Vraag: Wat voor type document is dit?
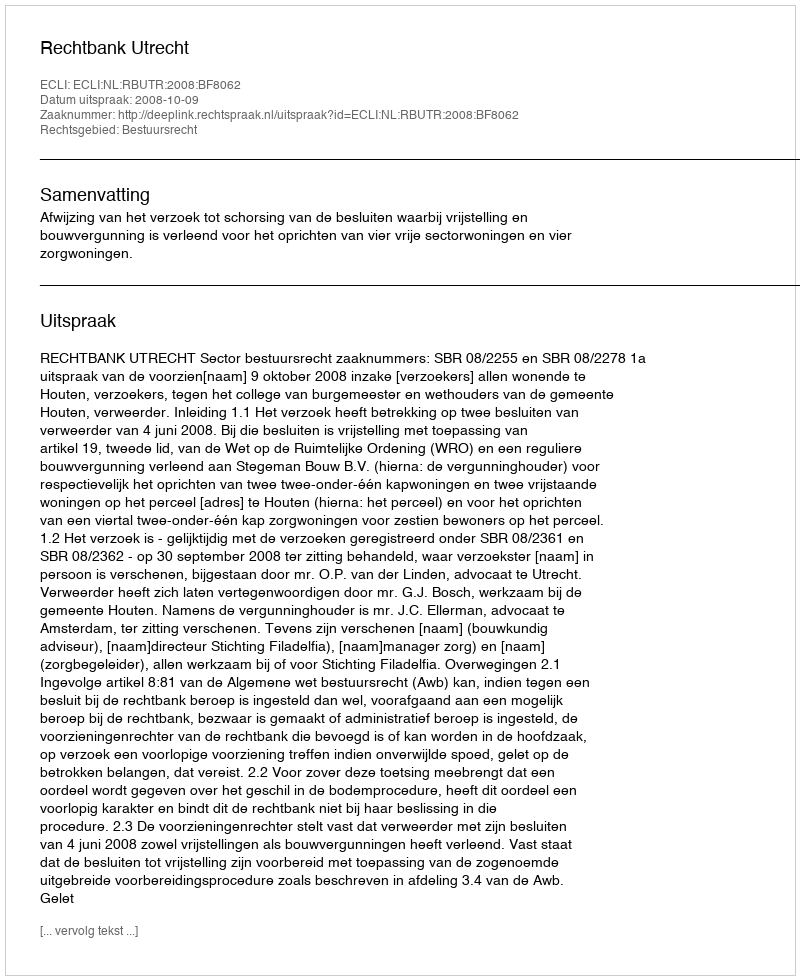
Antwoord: Uitspraak